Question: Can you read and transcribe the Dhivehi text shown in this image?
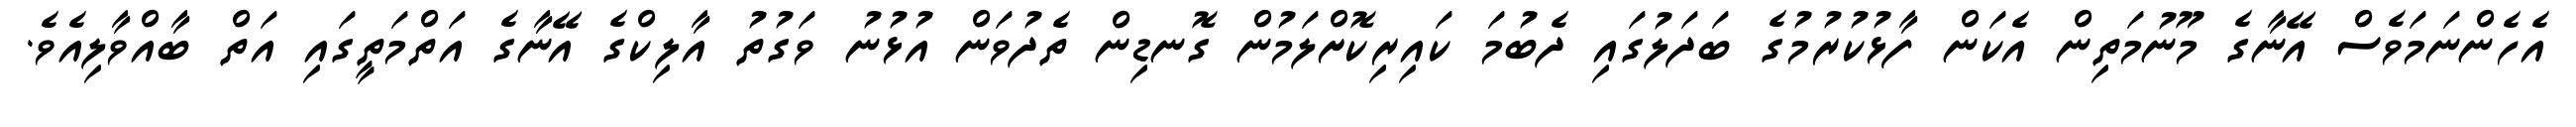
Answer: އެހެންނަމަވެސް އޭނާގެ މޫނުމަތިން އެކަން ފާޅުކުރުމުގެ ބަދަލުގައި ދެބުމަ ކައިރިކޮށްލަމުން ގޮނޑިން ތެދުވަން އުޅުނު ވަގުތު އާލިކްގެ އޭނާގެ އަތްމަތީގައި އަތް ބާއްވާލިއެވެ.